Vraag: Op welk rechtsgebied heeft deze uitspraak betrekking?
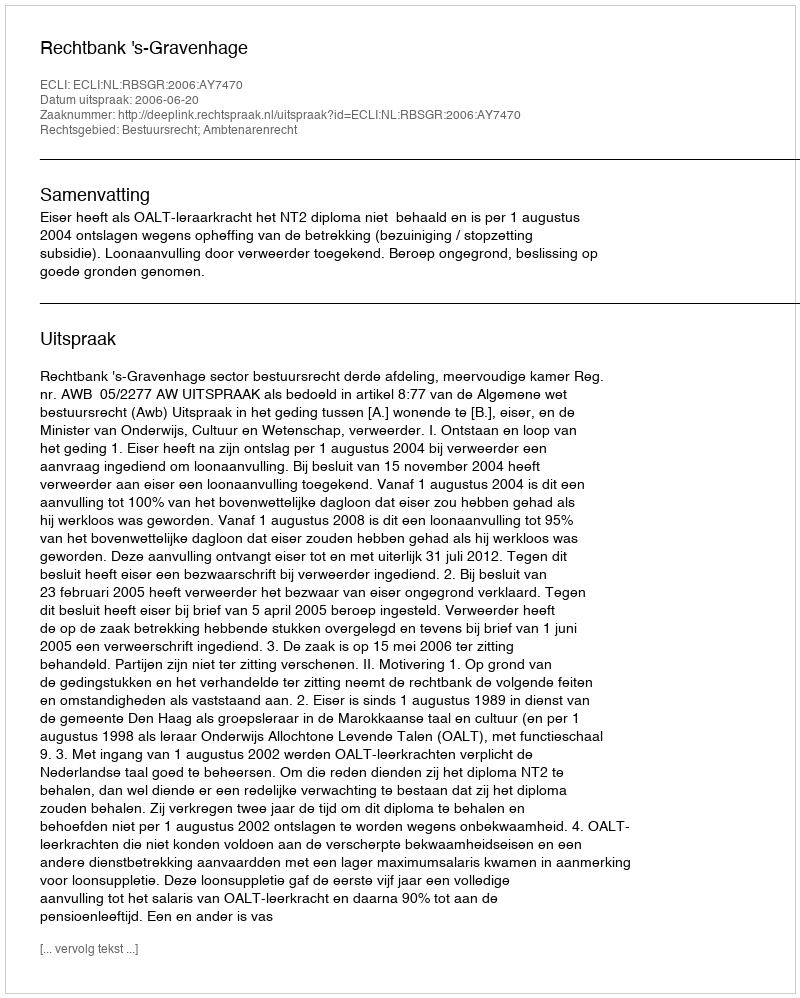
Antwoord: Bestuursrecht; Ambtenarenrecht